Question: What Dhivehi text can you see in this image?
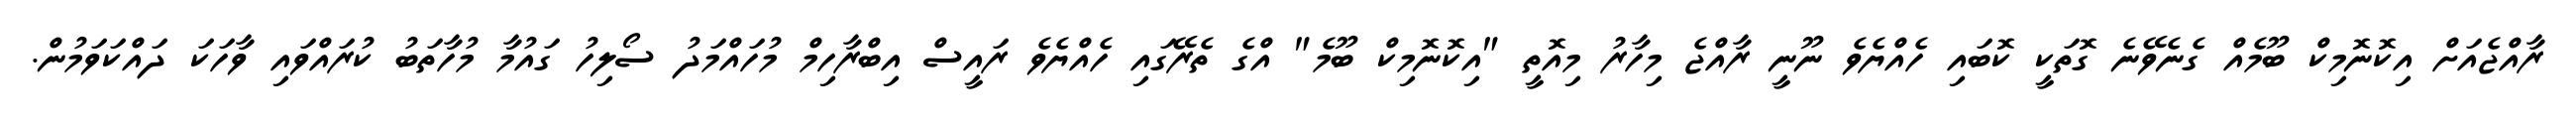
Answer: ރާއްޖެއަށް އިކޮނޮމިކް ބޫމެއް ގެނެވޭނެ ގޮތަކީ ކޮބައި ހެއްޔެވެ ނޫނީ ރާއްޖެ މިހާރު މިއޮތީ "އިކޮނޮމިކް ބޫމެ" އްގެ ތެރޭގައި ހެއްޔެވެ ރައީސް އިބްރާހިމް މުހައްމަދު ސޯލިހު ގައުމާ މުހާތަބު ކުރައްވައި ވާހަކަ ދައްކަވަމުން.